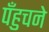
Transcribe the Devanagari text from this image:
पँहुचने